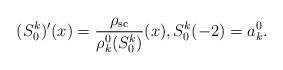
LaTeX: \begin{align*}(S_0^k)'(x)=\frac{\rho_{{\rm sc}}}{\rho^{0}_{k}(S_0^k)}(x),S_0^k(-2)=a_k^{0}.\end{align*}